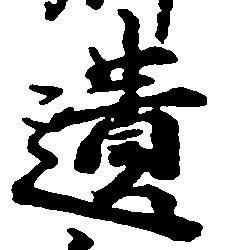
遺